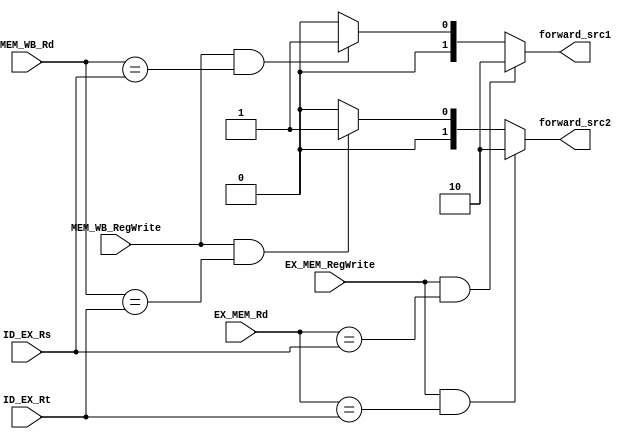
module FwardUnit(ID_EX_Rt, ID_EX_Rs, EX_MEM_Rd, MEM_WB_Rd, EX_MEM_RegWrite, MEM_WB_RegWrite, forward_src1, forward_src2);

//register addr for Rt, Rs, Rd in various pipline stages
input [3:0] ID_EX_Rt, ID_EX_Rs, EX_MEM_Rd, MEM_WB_Rd;

//control flag RegWrite values for EX/MEM and MEM/WB stages
input EX_MEM_RegWrite, MEM_WB_RegWrite;

//condition codes for forwarded values for src 1 and 2 for ALU 
output reg [1:0] forward_src1, forward_src2;

//hazard condition code params
localparam EX_HAZARD  = 2'b10;
localparam MEM_HAZARD = 2'b01;
localparam NO_HAZARD  = 2'b00;

always @(*) begin
	/*forward_src1 (Rs) logic */
	//if EX/MEM RegWrite control is asserted and it Rd is the same as ID/EX Rs -> execution hazard
	if ((EX_MEM_RegWrite) && (EX_MEM_Rd == ID_EX_Rs)) begin
		forward_src1 <= EX_HAZARD;
	//if MEM/WB RegWrite is asserted and its Rd is the same as ID/EX Rs -> memory hazard
	end else if ((MEM_WB_RegWrite) && (MEM_WB_Rd == ID_EX_Rs)) begin
		forward_src1 <= MEM_HAZARD;
	//condition code for no hazard in forward_src1
	end else begin
		forward_src1 <= NO_HAZARD;
	end

	/*forward_src2 (Rd) logic */
	//if EX/MEM RegWrite control is asserted and its Rd is the same as ID/EX Rt -> execution hazard
	if ((EX_MEM_RegWrite) && (EX_MEM_Rd == ID_EX_Rt)) begin
		forward_src2 <= EX_HAZARD;
	//if MEM/WB RegWrite is asserted and its Rd is the same as ID/EX Rt -> memory hazard
	end else if ((MEM_WB_RegWrite) && (MEM_WB_Rd == ID_EX_Rt)) begin
		forward_src2 <= MEM_HAZARD;
	//condition code for no hazard in forward_src2
	end else begin
		forward_src2 <= NO_HAZARD;
	end
end

endmodule